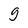
Character: g